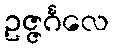
ဥဇ္ဇင်္ဂလေ